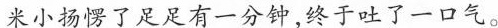
米小扬愣了足足有一分钟，终于吐了一口气